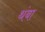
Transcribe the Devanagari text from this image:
थंबा